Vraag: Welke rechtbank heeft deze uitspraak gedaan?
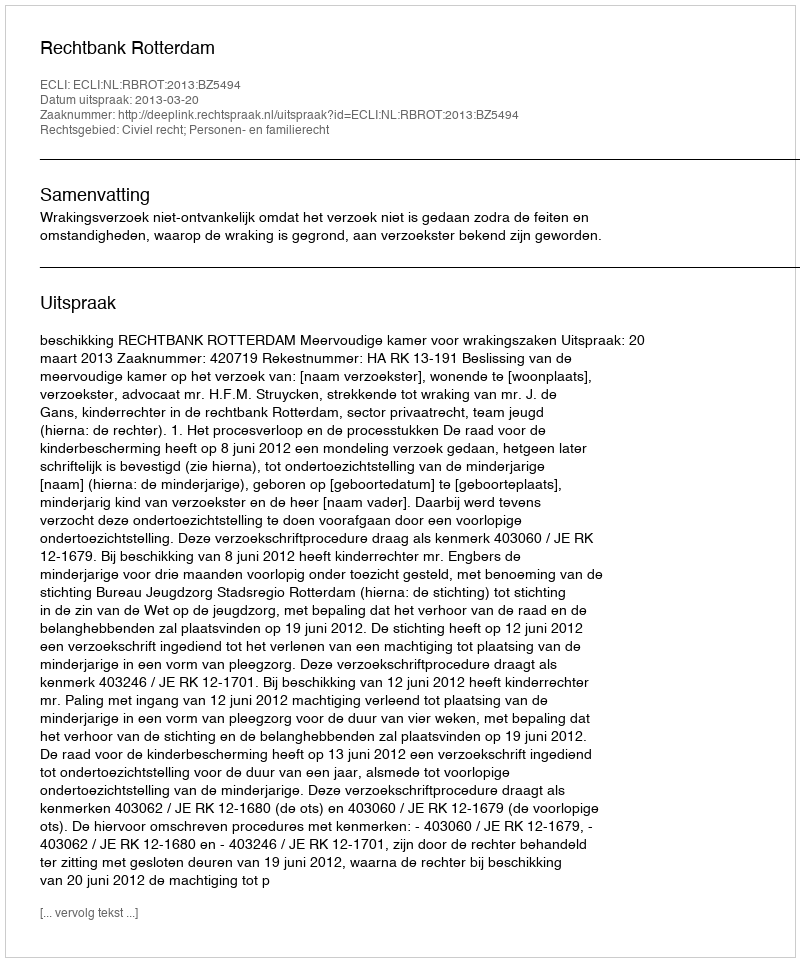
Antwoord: Rechtbank Rotterdam